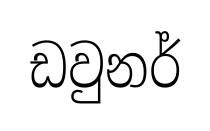
ඩවුනර්